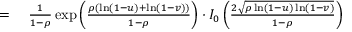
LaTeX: \begin{array} { r l } { = { } } & { { } { \frac { 1 } { 1 - \rho } } \exp \left( { \frac { \rho ( \ln ( 1 - u ) + \ln ( 1 - v ) ) } { 1 - \rho } } \right) \cdot I _ { 0 } \left( { \frac { 2 { \sqrt { \rho \ln ( 1 - u ) \ln ( 1 - v ) } } } { 1 - \rho } } \right) } \end{array}